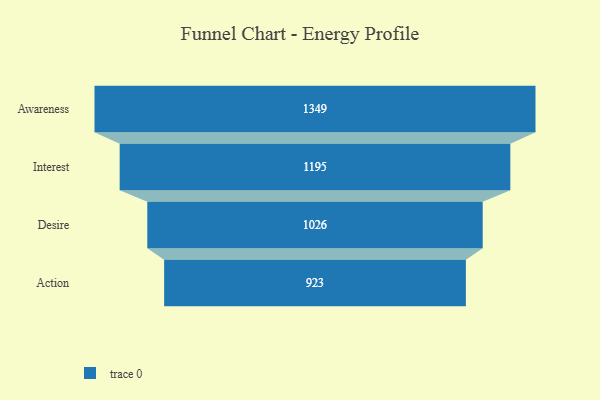
{"axis": {"x": "Stage", "y": "Value"}, "legend": [""], "data": [{"x": "Awareness", "y": 1349.0, "type": ""}, {"x": "Interest", "y": 1195.0, "type": ""}, {"x": "Desire", "y": 1026.0, "type": ""}, {"x": "Action", "y": 923.0, "type": ""}]}